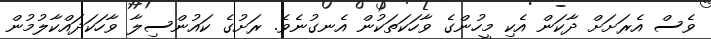
ވެސް އެރަށަށް ދާކަން އެކި މީހުންގެ ވާހަކަތަކުން އެނގުނެވެ. ރަށުގެ ކައުންސިލާ ވާހަކަދައްކާލުމުން